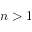
n > 1